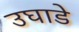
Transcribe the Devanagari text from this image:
उघाडे